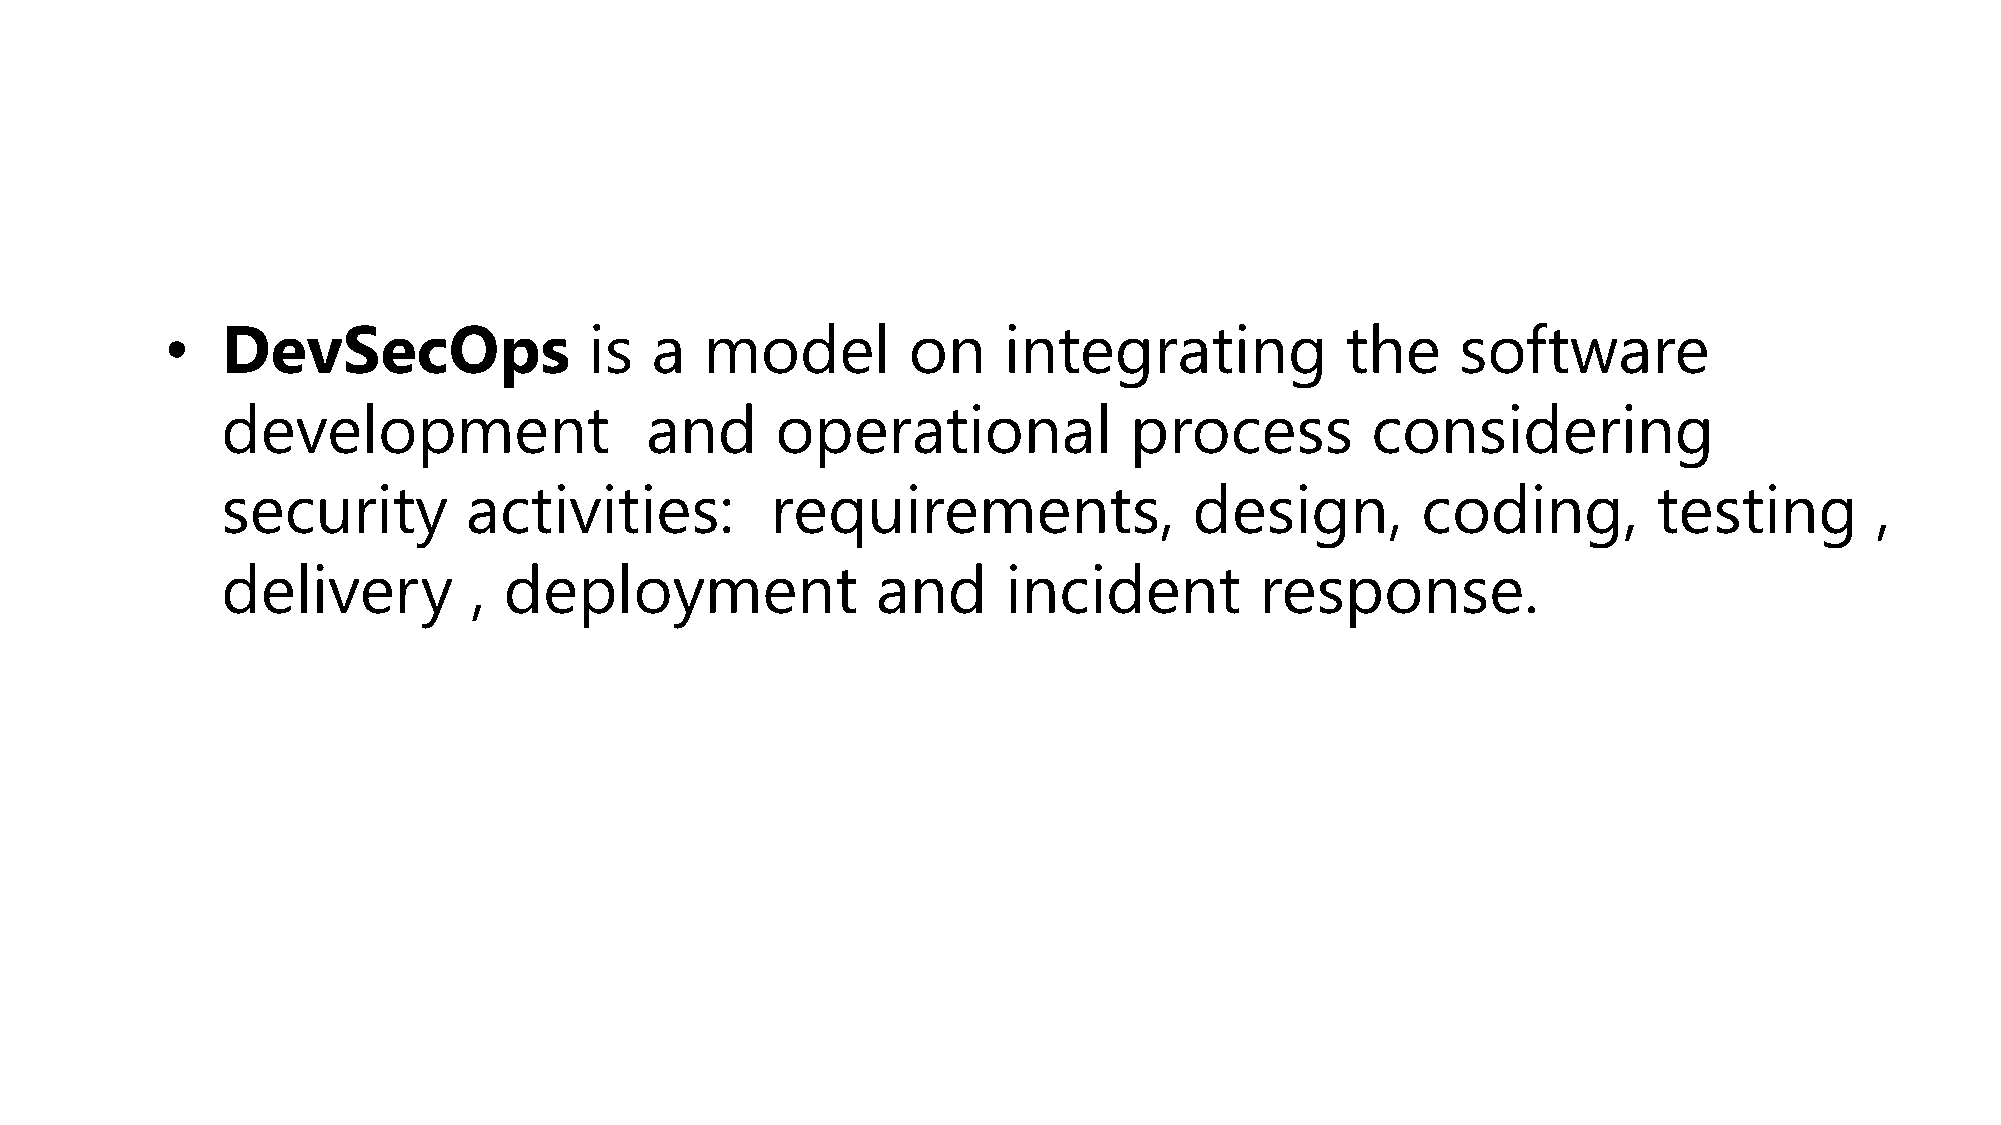
•   DevSecOps               is  a   model        on    integrating            the     software
 development                 and     operational             process         considering
 security        activities:         requirements,               design,        coding,         testing       ,
 delivery        , deployment               and      incident        response.